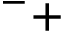
^ - +